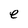
Character: e